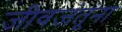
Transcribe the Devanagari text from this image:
जीवजंतूंना